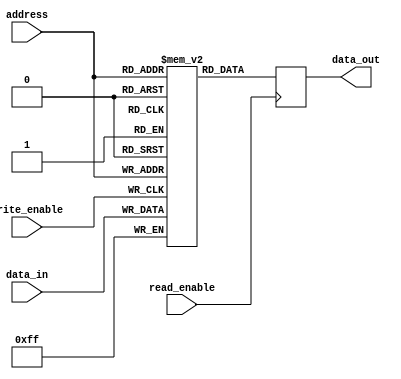
module EEPROM (
    input wire [7:0] data_in,
    input wire [7:0] address,
    input wire write_enable,
    input wire read_enable,
    output reg [7:0] data_out
);

reg [7:0] memory [0:255];

always @ (posedge write_enable)
begin
    if (write_enable)
        memory[address] <= data_in;
end

always @ (posedge read_enable)
begin
    if (read_enable)
        data_out <= memory[address];
end

endmodule